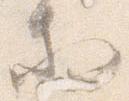
等